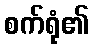
စက်ရုံ၏